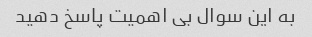
به این سوال بی اهمیت پاسخ دهید